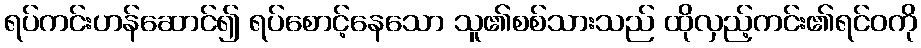
ရပ်ကင်းဟန်ဆောင်၍ ရပ်စောင့်နေသော သူ၏စစ်သားသည် ထိုလှည့်ကင်း၏ရင်ဝကို